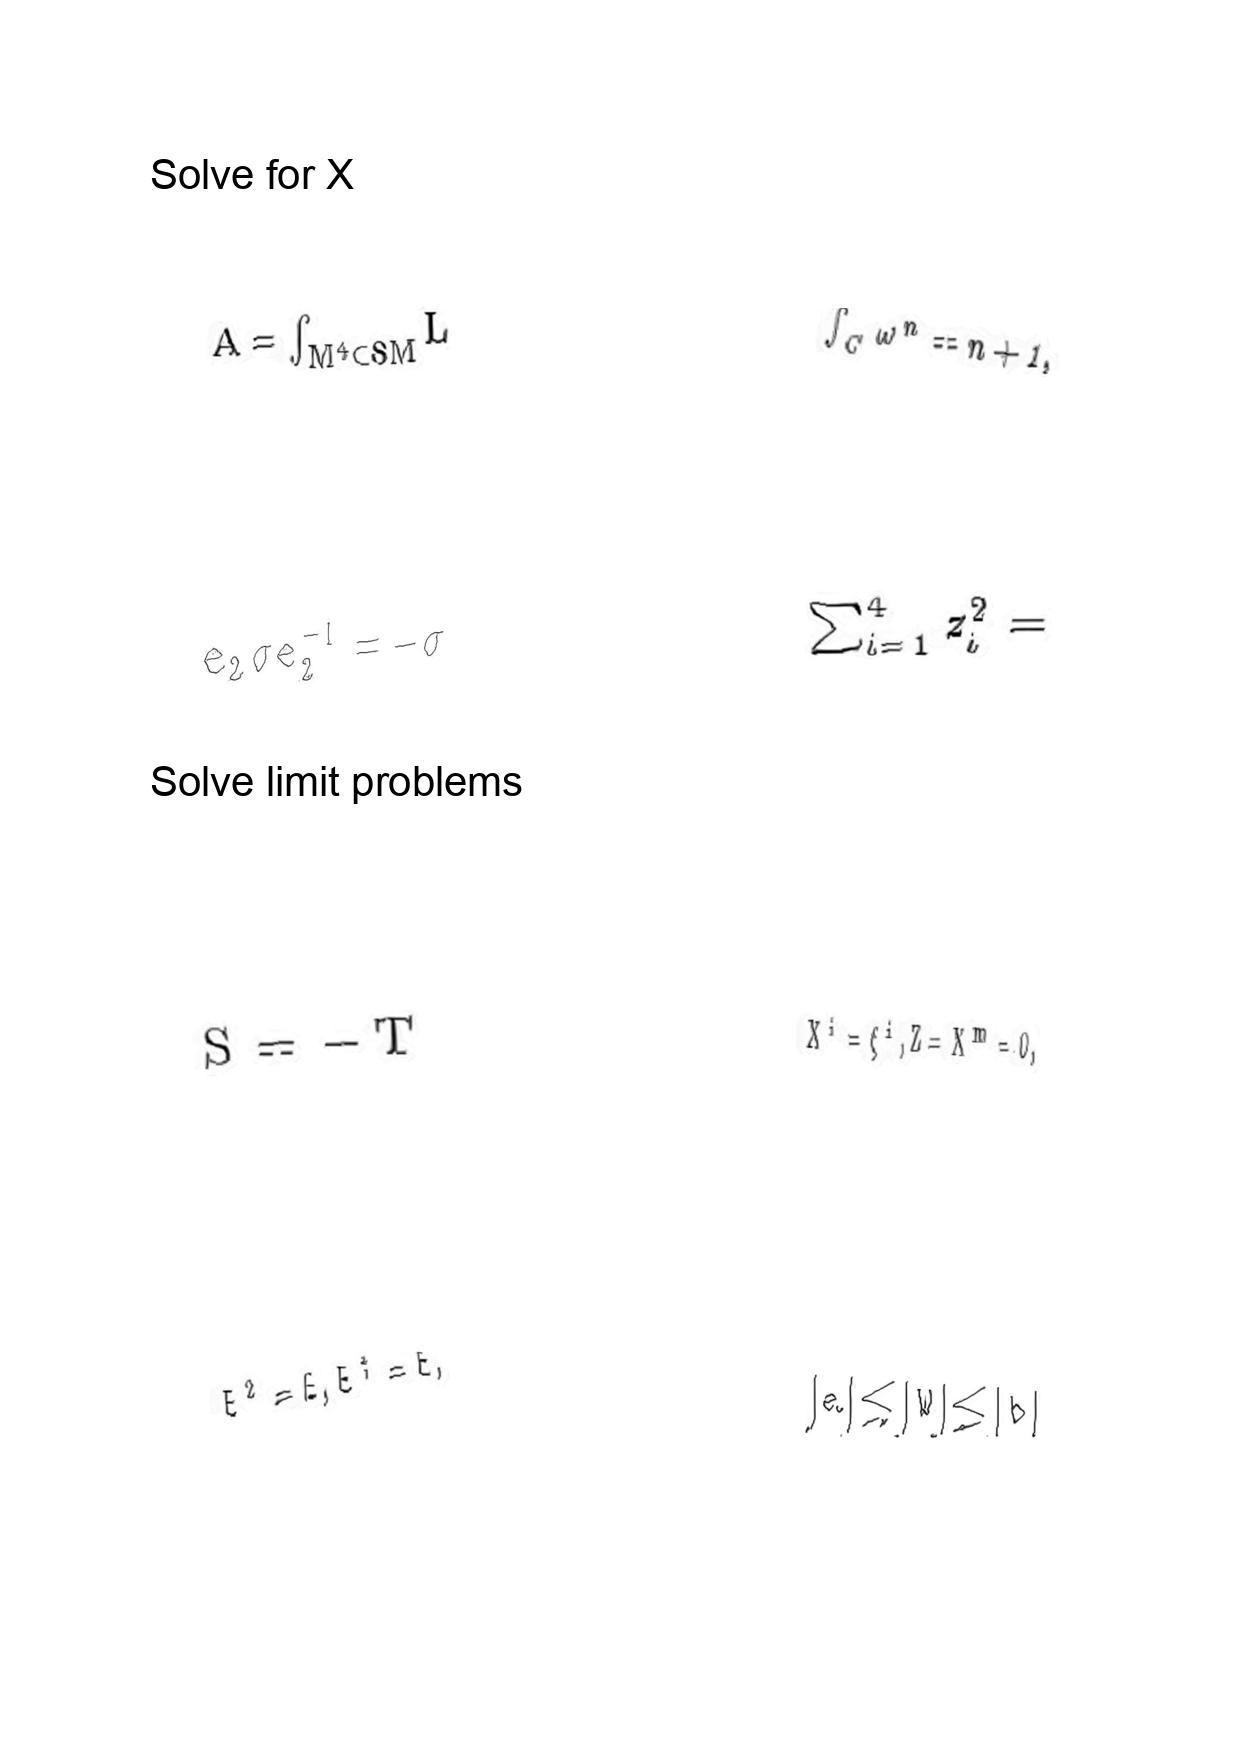
LaTeX transcription:
A = \int _ { M ^ { 4 } \subset S M } L
e _ { 2 } \sigma e _ { 2 } ^ { - 1 } = - \sigma
S = - T
E ^ { 2 } = E , E ^ { \dagger } = E ,
\int _ { C } \omega ^ { n } = n + 1 ,
\sum _ { i = 1 } ^ { 4 } z _ { i } ^ { 2 } =
X ^ { i } = \xi ^ { i } , Z = X ^ { m } = 0 ,
\vert a \vert \le \vert W \vert \le \vert b \vert